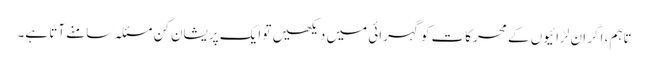
تاہم، اگر ان لڑائیوں کے محرکات کو گہرائی میں دیکھیں تو ایک پریشان کن مسئلہ سامنے آتا ہے۔